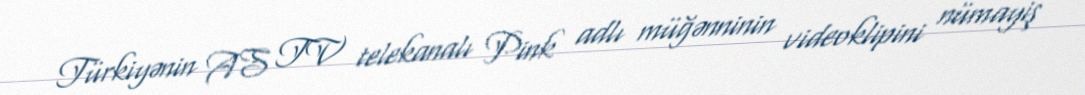
Türkiyənin AS TV telekanalı Pink adlı müğənninin videoklipini nümayiş